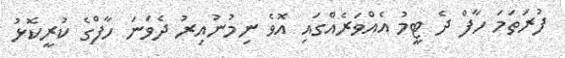
ފުރަތަމަ ހާފް ދެ ޓީމު އެއްވަރެއްގައި އޮވެ ނިމުނުއިރު ދެވަނަ ހާފްގެ ކުރީކޮޅު